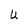
Character: U